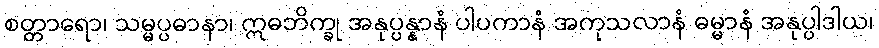
စတ္တာရော၊ သမ္မပ္ပဓာနာ၊ ဣဓဘိက္ခု အနုပ္ပန္နာနံ ပါပကာနံ အကုသလာနံ ဓမ္မာနံ အနုပ္ပါဒါယ၊